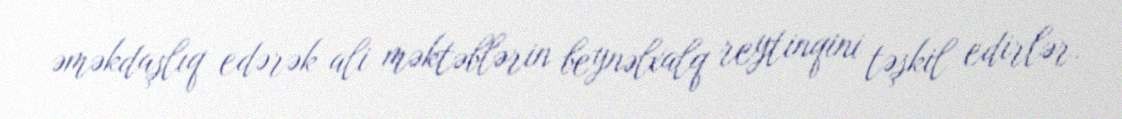
əməkdaşlıq edərək ali məktəblərin beynəlxalq reytinqini təşkil edirlər.